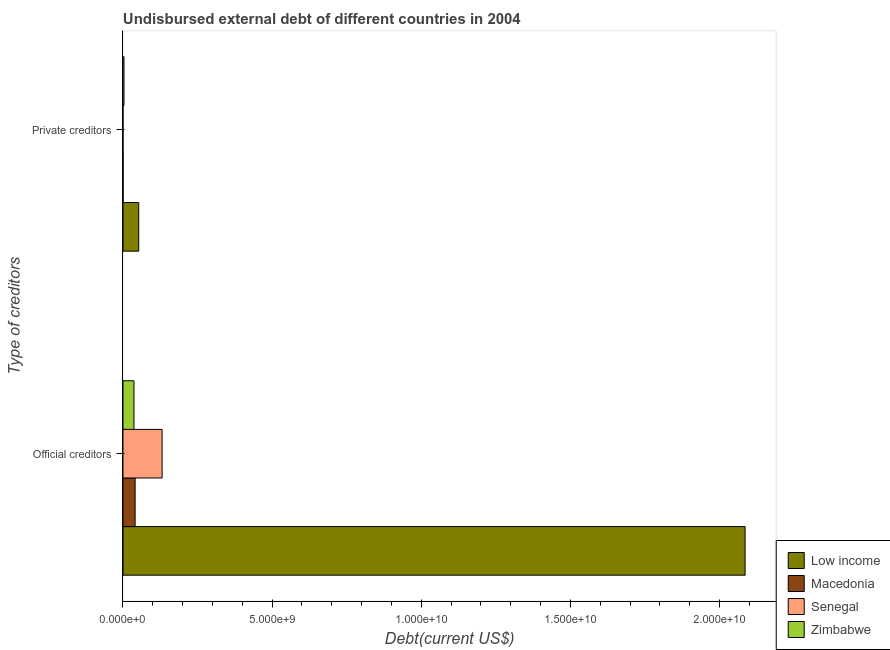
| Type of creditors | Low income | Macedonia | Senegal | Zimbabwe |
 | --- | --- | --- | --- | --- |
 | Official creditors | 2.09e+10 | 4.07e+08 | 1.31e+09 | 3.68e+08 |
 | Private creditors | 5.28e+08 | 4.01e+06 | 1.41e+05 | 3.38e+07 |